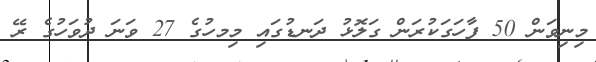
މިނިވަން 50 ފާހަގަކުރަން ގަލޮޅު ދަނޑުގައި މިމހުގެ 27 ވަނަ ދުވަހުގެ ރޭ